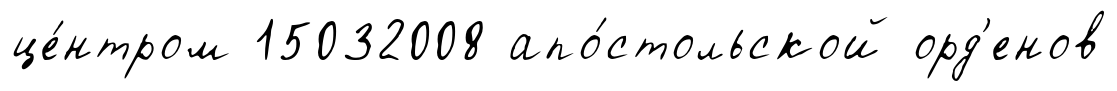
це́нтром 15032008 апо́стольской орд'енов